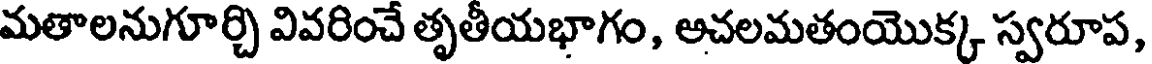
మతాలనుగూర్చి వివరించే తృతీయభాగం, అచలమతంయొక్క స్వరూప,